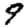
Digit: 9